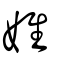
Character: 婎